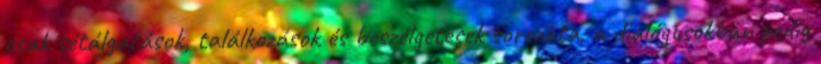
csak sétálgatások, találkozások és beszélgetések sorozata, a dialógusokban pedig